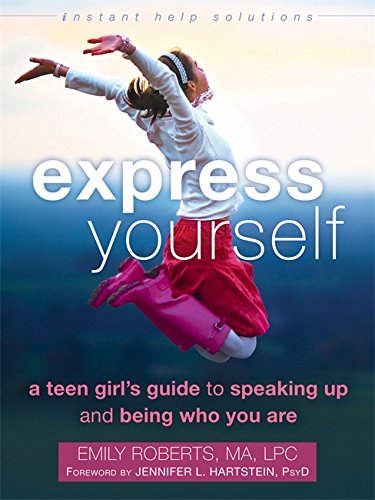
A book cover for Express Yourself: A Teen GirlEEs Guide to Speaking Up and Being Who You Are (The Instant Help Solutions Series); Emily Roberts MA  LPC; Medical Books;